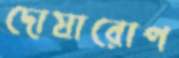
দোষারোপ